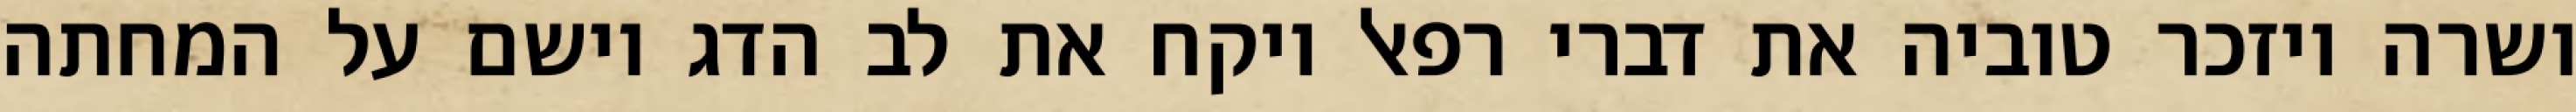
ושרה ויזכר טוביה את דברי רפאל ויקח את לב הדג וישם על המחתה